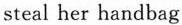
steal her handbag